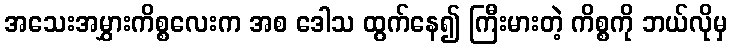
အသေးအမွှားကိစ္စလေးက အစ ဒေါသ ထွက်နေ၍ ကြီးမားတဲ့ ကိစ္စကို ဘယ်လိုမှ